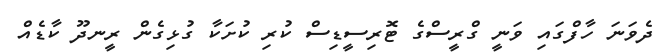
ދެވަނަ ހާފްގައި ވަނީ ގްރީސްގެ ޓޮރިސީޑިސް ކުރި ކުށަކާ ގުޅިގެން ރީނދޫ ކާޑެއް